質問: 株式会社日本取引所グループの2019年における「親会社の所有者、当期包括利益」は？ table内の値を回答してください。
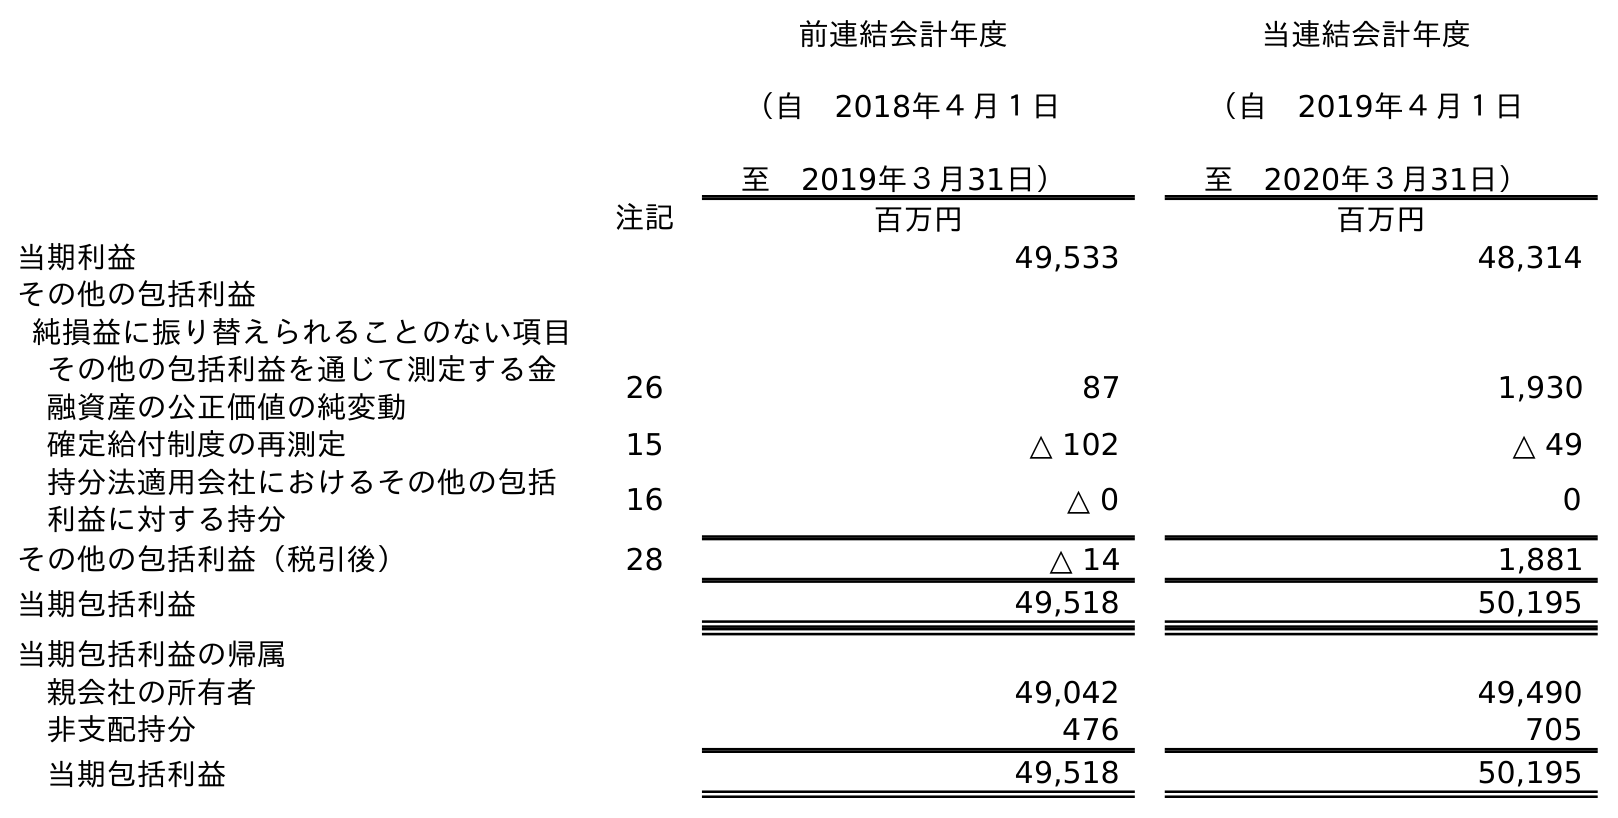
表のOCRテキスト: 前連結会計年度 （自 2018年４月１日 至 2019年３月31日） 当連結会計年度 （自 2019年４月１日 至 2020年３月31日） 注記 百万円 百万円 当期利益 49,533 48,314 その他の包括利益 純損益に振り替えられることのない項目 その他の包括利益を通じて測定する金 融資産の公正価値の純変動 26 87 1,930 確定給付制度の再測定 15 △ 102 △ 49 持分法適用会社におけるその他の包括 利益に対する持分 16 △ 0 0 その他の包括利益（税引後） 28 △ 14 1,881 当期包括利益 49,518 50,195 当期包括利益の帰属 親会社の所有者 49,042 49,490 非支配持分 476 705 当期包括利益 49,518 50,195
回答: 49,042